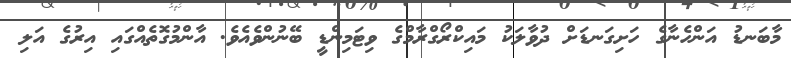
މާބަނޑު އަންހެނާގެ ހަށިގަނޑަށް ދުވާލަކު މައިކްރޯގްރާމްގެ ވިޓަމިންޑީ ބޭނުންވެއެވެ. އާންމުގޮތެއްގައި އިރުގެ އަލި